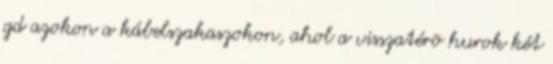
gd azokon a kábelszakaszokon, ahol a visszatérõ hurok két